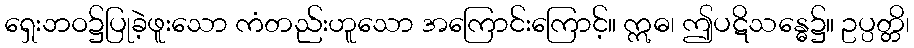
ရှေးဘဝ၌ပြုခဲ့ဖူးသော ကံတည်းဟူသော အကြောင်းကြောင့်။ ဣဓ၊ ဤပဋိသန္ဓေ၌။ ဥပ္ပတ္တိ၊